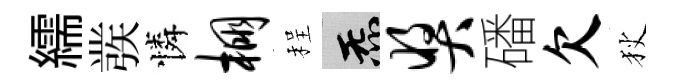
繻彂憐棚程炁奖磻欠狄